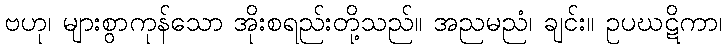
ဗဟု၊ များစွာကုန်သော အိုးစရည်းတို့သည်။ အညမညံ၊ ချင်း။ ဥပဃဋိကာ၊